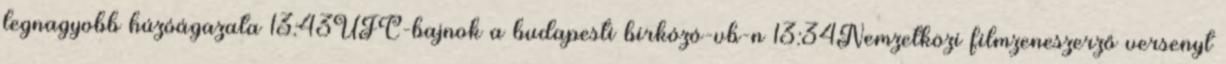
legnagyobb húzóágazata 13:43UFC-bajnok a budapesti birkózó-vb-n 13:34Nemzetközi filmzeneszerző versenyt